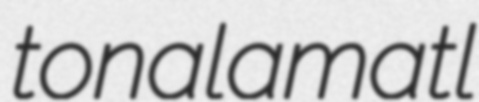
tonalamatl